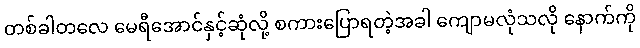
တစ်ခါတလေ မေရီအောင်နှင့်ဆုံလို့ စကားပြောရတဲ့အခါ ကျောမလုံသလို နောက်ကို